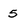
Character: 5